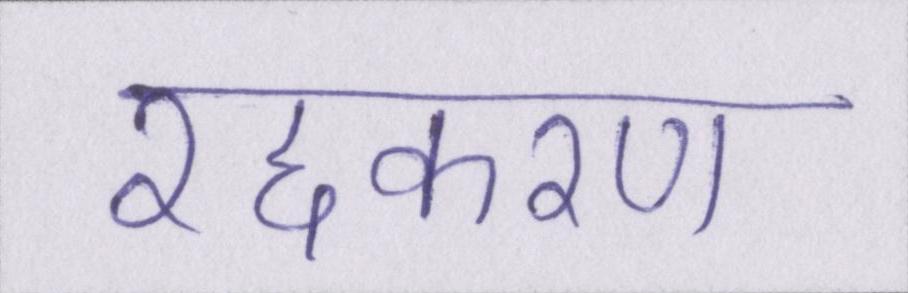
रद्दकरण